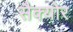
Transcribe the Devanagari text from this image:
सैक्योर